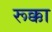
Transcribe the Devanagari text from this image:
रूक्का